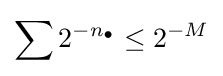
\sum 2^{-n_{\bullet }}\leq 2^{-M}